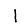
Digit: 1